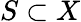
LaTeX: S\subset X